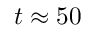
t \approx 5 0